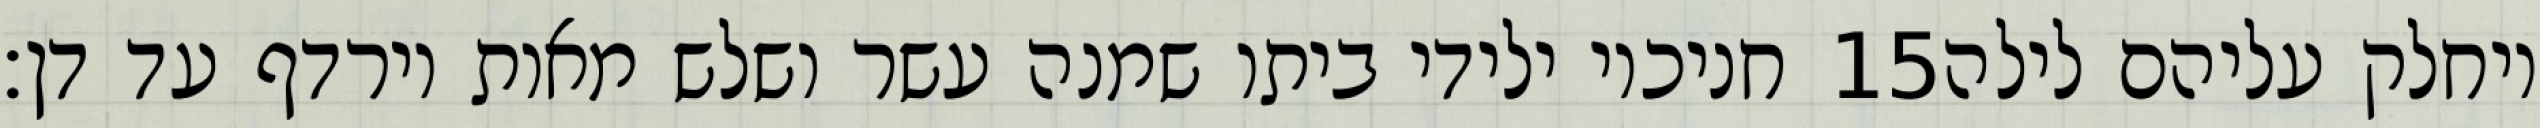
חניכיו ילידי ביתו שמנה עשר ושלש מאות וירדף עד דן׃ ‎15‏ ויחלק עליהם לילה